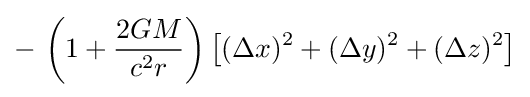
-\,\left(1+{\frac {2GM}{c^{2}r}}\right)\left[(\Delta x)^{2}+(\Delta y)^{2}+(\Delta z)^{2}\right]